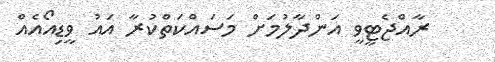
ރާއްޖެޓީވީ އަންދާލުމަށް މަސައްކަތްކުރާ އައު ވީޑިއޯއެއް